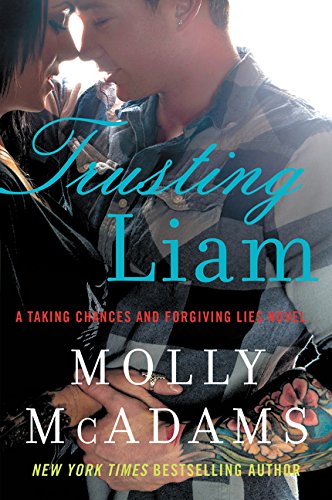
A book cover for Trusting Liam: A Taking Chances and Forgiving Lies Novel; Molly McAdams; Literature & Fiction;